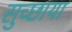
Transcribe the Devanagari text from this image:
सुच्छाया